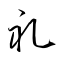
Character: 礼